Insane asylums Bombay 1873-77 - 1873-1877
Year: 1873
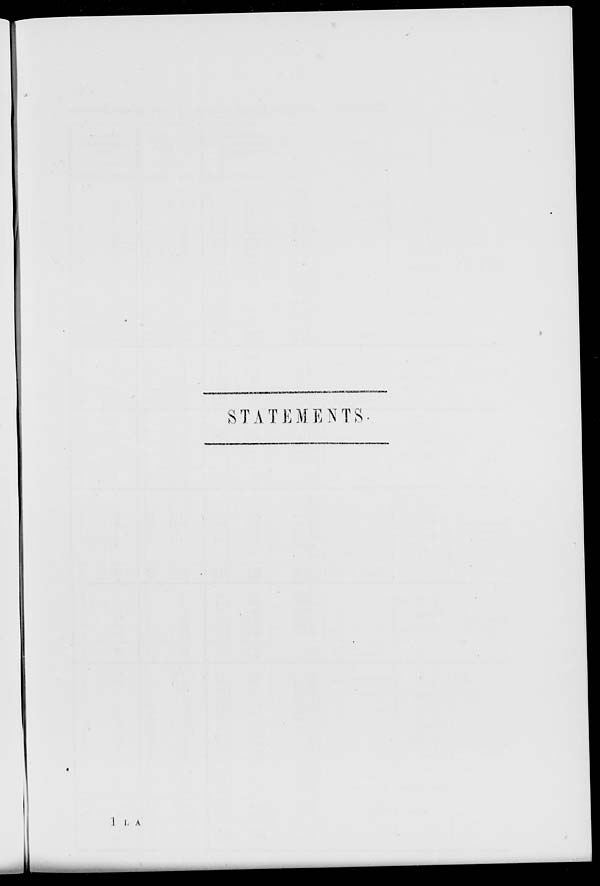
STATEMENTS.
1 L A